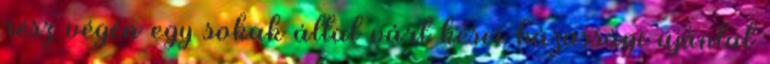
rész végén egy sokak által várt kései házassági ajánlat